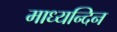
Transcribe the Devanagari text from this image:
माध्‍यन्‍दिन